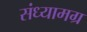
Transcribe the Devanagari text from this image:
संध्यामग्र